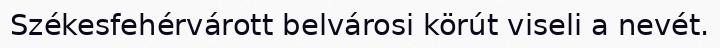
Székesfehérvárott belvárosi körút viseli a nevét.